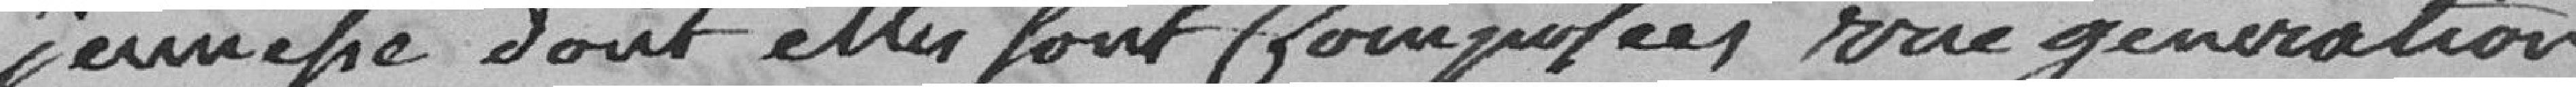
jeunesse dont elles Sont Composées vue génération